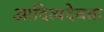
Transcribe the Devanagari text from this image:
आदित्यदेवता